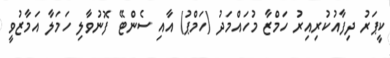
ކީޕަރު ދިފާއުކުރިއިރު ހަމްޒާ މުހައްމަދު (ހަމްޕު) އާއި ސެންޓޭ ފޮނުވާލި ހަމަލާ އަމާޒުވީ